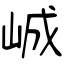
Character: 峸